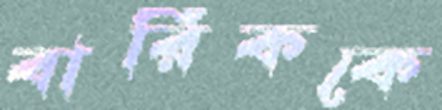
বারিককে